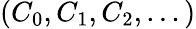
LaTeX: (C_{0},C_{1},C_{2},...)